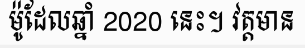
ម៉ូដែលឆ្នាំ 2020 នេះ។ វត្តមាន